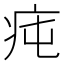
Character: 𤵊